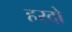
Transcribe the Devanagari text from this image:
हरदो